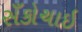
સઁકોચાઇ